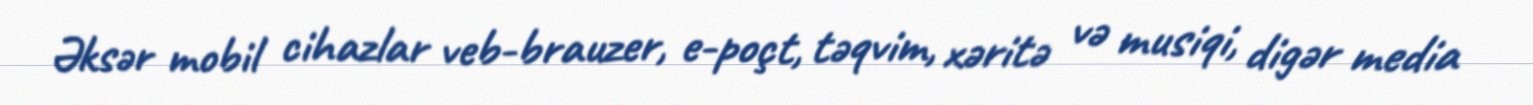
Əksər mobil cihazlar veb-brauzer, e-poçt, təqvim, xəritə və musiqi, digər media